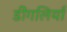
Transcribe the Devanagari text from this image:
डींगलियाँ